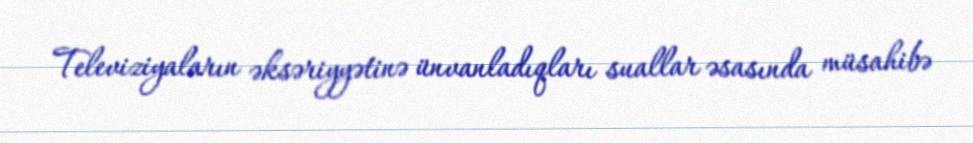
Televiziyaların əksəriyyətinə ünvanladıqları suallar əsasında müsahibə